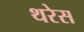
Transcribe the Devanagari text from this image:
थरेस